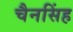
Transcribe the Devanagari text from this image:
चैनसिंह